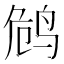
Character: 𱉭